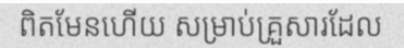
ពិតមែនហើយ សម្រាប់គ្រួសារដែល